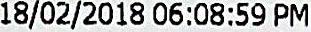
18/02/2018 06:08:59 PM